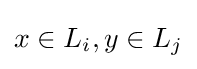
x\in L_{i},y\in L_{j}